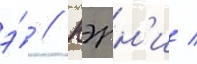
э́ // Кэрн'и /